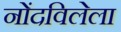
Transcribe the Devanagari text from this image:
नोंदविलेला